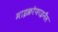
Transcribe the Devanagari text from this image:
माइक्रोफाइनैंस